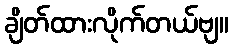
ချိတ်ထားလိုက်တယ်ဗျ။